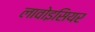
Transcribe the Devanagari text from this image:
लावोइसियर